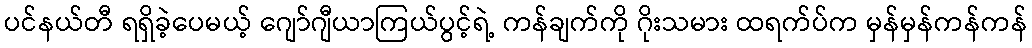
ပင်နယ်တီ ရရှိခဲ့ပေမယ့် ဂျော်ဂျီယာကြယ်ပွင့်ရဲ့ ကန်ချက်ကို ဂိုးသမား ထရက်ပ်က မှန်မှန်ကန်ကန်